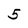
Character: 5